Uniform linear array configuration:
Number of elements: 64
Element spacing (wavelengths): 0.5
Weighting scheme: exponential
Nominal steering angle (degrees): -60
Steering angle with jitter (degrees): -58.354
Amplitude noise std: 0.05
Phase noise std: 0.05

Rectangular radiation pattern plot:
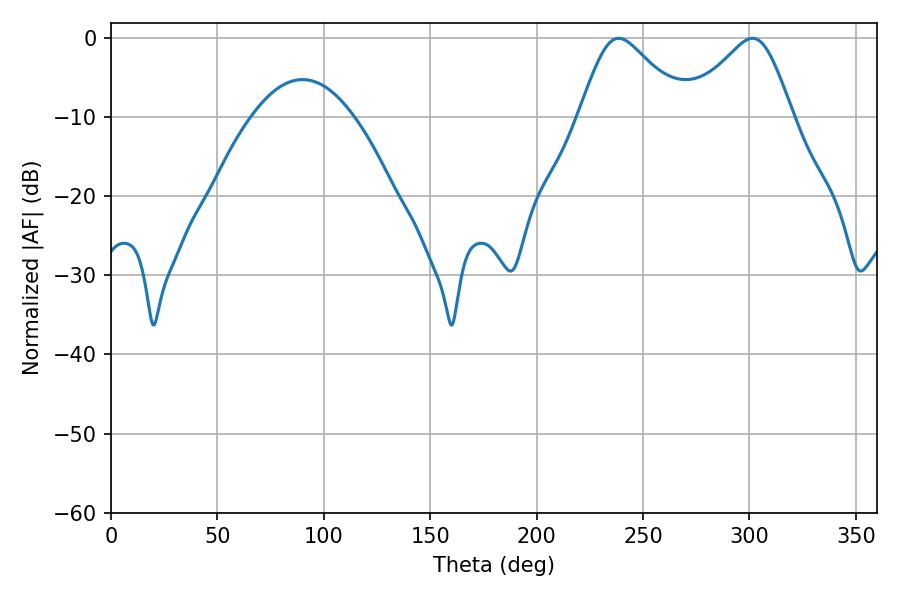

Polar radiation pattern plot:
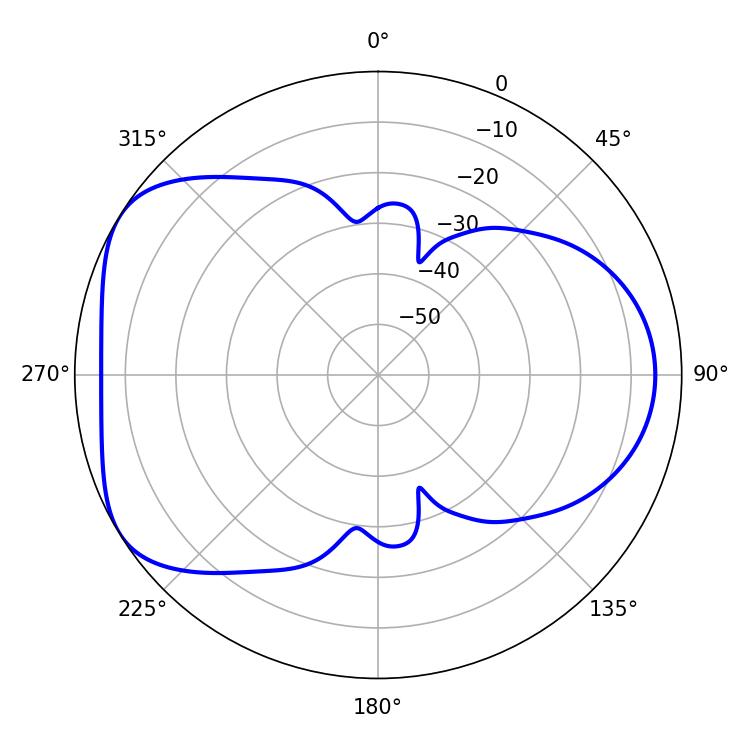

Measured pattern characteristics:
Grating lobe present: FALSE
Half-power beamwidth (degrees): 24.3
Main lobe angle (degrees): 238.5